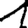
Digit: 1